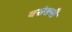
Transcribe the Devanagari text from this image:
वसंतची